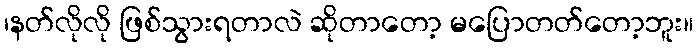
၊နတ်လိုလို ဖြစ်သွားရတာလဲ ဆိုတာတော့ မပြောတတ်တော့ဘူး။